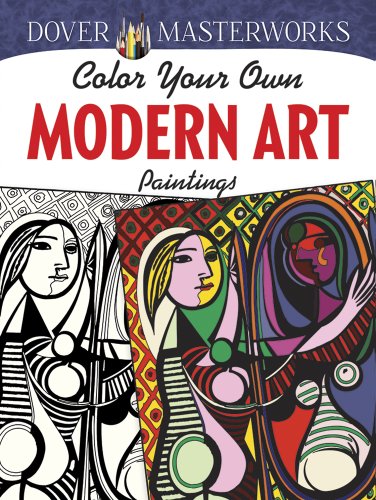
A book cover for Dover Masterworks: Color Your Own Modern Art Paintings; Muncie Hendler; Crafts, Hobbies & Home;